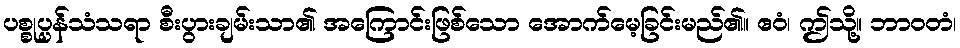
ပစ္စုပ္ပန်သံသရာ စီးပွားချမ်းသာ၏ အကြောင်းဖြစ်သော အောက်မေ့ခြင်းမည်၏။ ဧဝံ၊ ဤသို့။ ဘာဝတံ၊